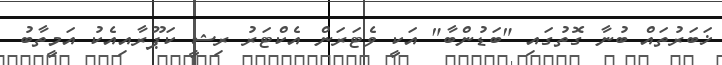
ޚަބަރުތައް ބުނާ ގޮތުގައި "ބަޑުންބާ" އަކީ ވެޓަރަން އެކްޓަރު ރިޝީ ކަޕޫރާއިއެކު އަމީތާބު